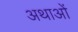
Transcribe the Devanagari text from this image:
अथाओं